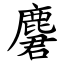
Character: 麏